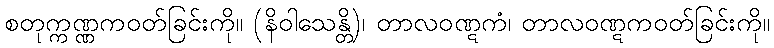
စတုက္ကဏ္ဏကဝတ်ခြင်းကို။ (နိဝါသေန္တိ)၊ တာလဝဏ္ဋကံ၊ တာလဝဏ္ဋကဝတ်ခြင်းကို။